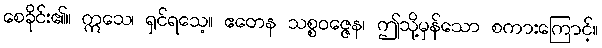
စေခိုင်း၏။ ဣသေ၊ ရှင်ရသေ့။ ဧတေန သစ္စဝဇ္ဇေန၊ ဤသို့မှန်သော စကားကြောင့်။